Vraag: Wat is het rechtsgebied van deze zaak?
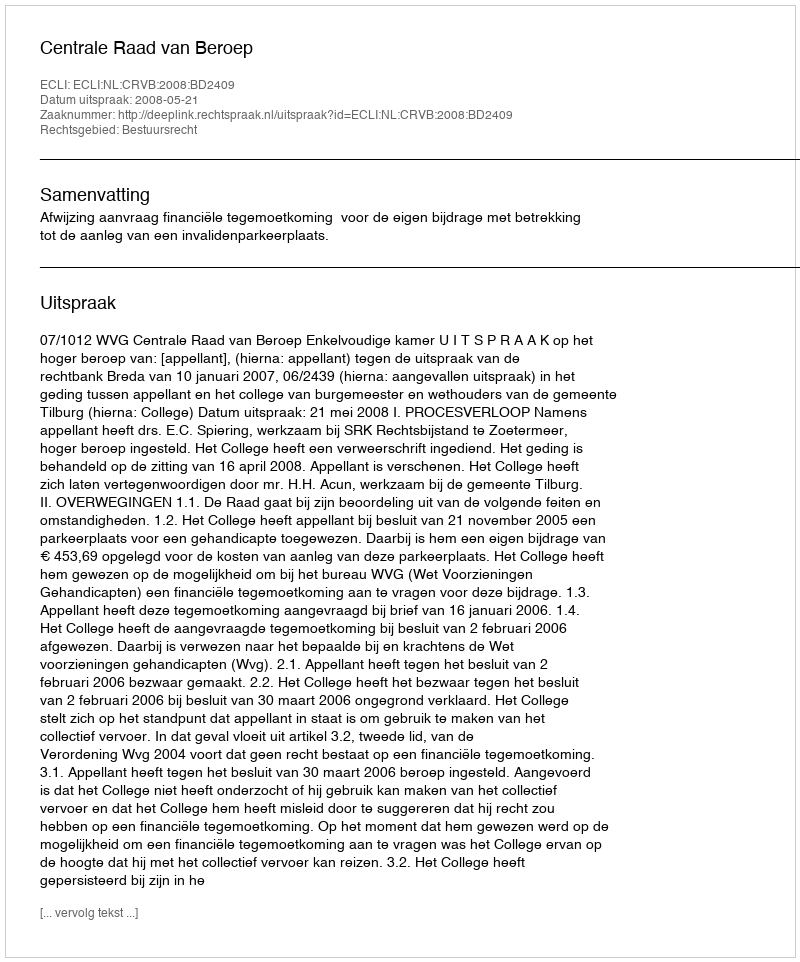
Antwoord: Bestuursrecht